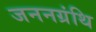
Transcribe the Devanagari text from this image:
जननग्रंथि